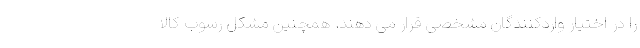
را در اختیار واردکنندگان مشخصی قرار می دهند. همچنین مشکل رسوب کالا